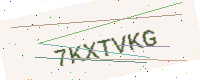
Text: 7KXTVKG